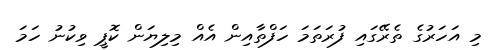
މި އަހަރުގެ ތެރޭގައި ފުރަތަމަ ހަފްތާއިން އެއް މިލިޔަން ކޮޕީ ވިކުނު ހަމަ